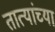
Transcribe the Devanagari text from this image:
तात्यांच्या